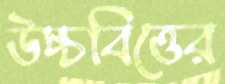
উচ্চবিত্তের